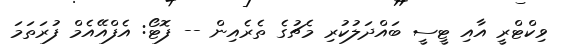
ވިކްޓްރީ އާއި ޓީސީ ބައްދަލުކުރި މެޗުގެ ތެރެއިން -- ފޮޓޯ: އެފްއޭއެމް ފުރަތަމަ